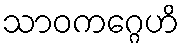
သာဝကဂ္ဂေဟိ